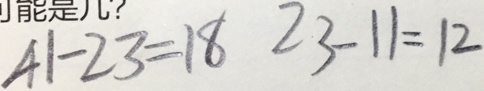
4 1 - 2 3 = 1 8 2 3 - 1 1 = 1 2